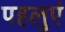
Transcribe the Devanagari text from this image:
पहलुएं